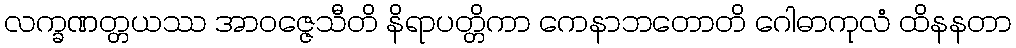
လက္ခဏတ္တယဿ အာဝဇ္ဇေသီတိ နိရာပတ္တိကာ ကေနာဘတောတိ ဂေါဓာကုလံ ထိနနတာ